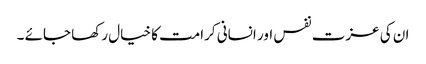
ان کی عزت نفس اور انسانی کرامت کا خیال رکھا جائے ۔